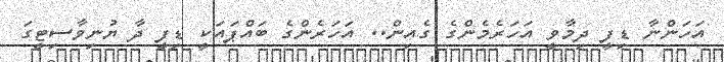
އަހަންނާ ޑިފީ ދިމާވީ އަހަރެމެންގެ ގެއިން.. އަހަރެންގެ ބައްޕައަކީ ޑިފީ ދާ ޔުނިވާސިޓީގަ